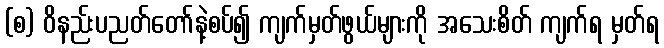
(စ) ဝိနည်းပညတ်တော်နဲ့စပ်၍ ကျက်မှတ်ဖွယ်များကို အသေးစိတ် ကျက်ရ မှတ်ရ